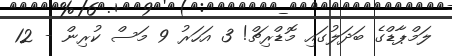
ލަމްޕާޑްގެ ބަދަލުގައި މޮޑްރިޗް! 3 އަހަރު 9 މަސް ކުރިން - 12